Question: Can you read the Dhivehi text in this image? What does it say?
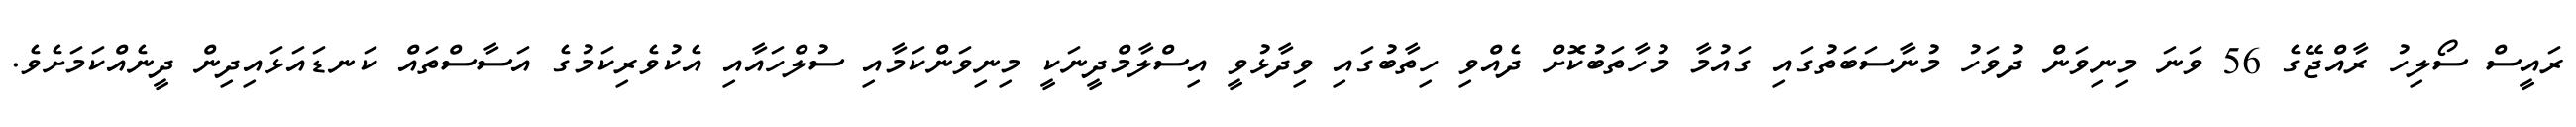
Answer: ރައީސް ސޯލިހު ރާއްޖޭގެ 56 ވަނަ މިނިވަން ދުވަހު މުނާސަބަތުގައި ގައުމާ މުހާތަބުކޮށް ދެއްވި ހިތާބުގައި ވިދާޅުވީ އިސްލާމްދީނަކީ މިނިވަންކަމާއި ސުލްހައާއި އެކުވެރިކަމުގެ އަސާސްތައް ކަނޑައަޅައިދިން ދީނެއްކަމަށެވެ.